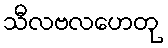
သီလဗလဟေတု